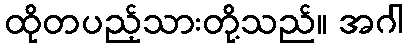
ထိုတပည့်သားတို့သည်။ အဂါ